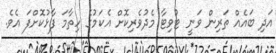
އަދި ބައެއް ތަރިން ވަނީ ޓުވިޓާ މެދުވެރިކޮށް އެކަމުގެ ހިތާމަ ފާޅުކޮށްފަ އެވެ.